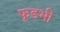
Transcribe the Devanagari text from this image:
फूडभी